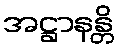
အဋ္ဌာနန္တိ